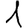
Digit: 1